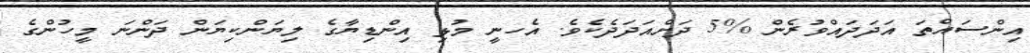
އިންސައްތަ އަދަދައްވުރެން %5 ދަށްއަދަދެކެވެ. އެހނީ މުޅި އިންޑިޔާގެ ލިޔަންކިޔަން ދަންނަ މީހުންގެ